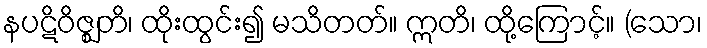
နပဋိဝိဇ္ဈတိ၊ ထိုးထွင်း၍ မသိတတ်။ ဣတိ၊ ထို့ကြောင့်။ (သော၊